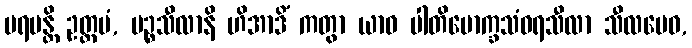
ပရမန္တိ ဥတ္တမံ, ပဉ္စသီလာနိ ဟိအာဒိံ ကတွာ ယာဝ ပါတိမောက္ခသံဝရသီလာ သီလမေဝ,